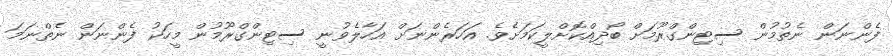
ފެންނަން ނެތުމުން ސިޓިންގްރޫމަށް ބޯދިއްކޮށްލީކަމަށެވެ. އަހަރެންނަށް އަހާލެވުނީ ސިޓިންގްރޫމުން މީހަކު ފެންނަން ނެތްނަމަ